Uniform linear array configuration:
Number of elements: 64
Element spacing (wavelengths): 0.5
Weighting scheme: uniform
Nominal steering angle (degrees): -60
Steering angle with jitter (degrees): -59.259
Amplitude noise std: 0.05
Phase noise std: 0.05

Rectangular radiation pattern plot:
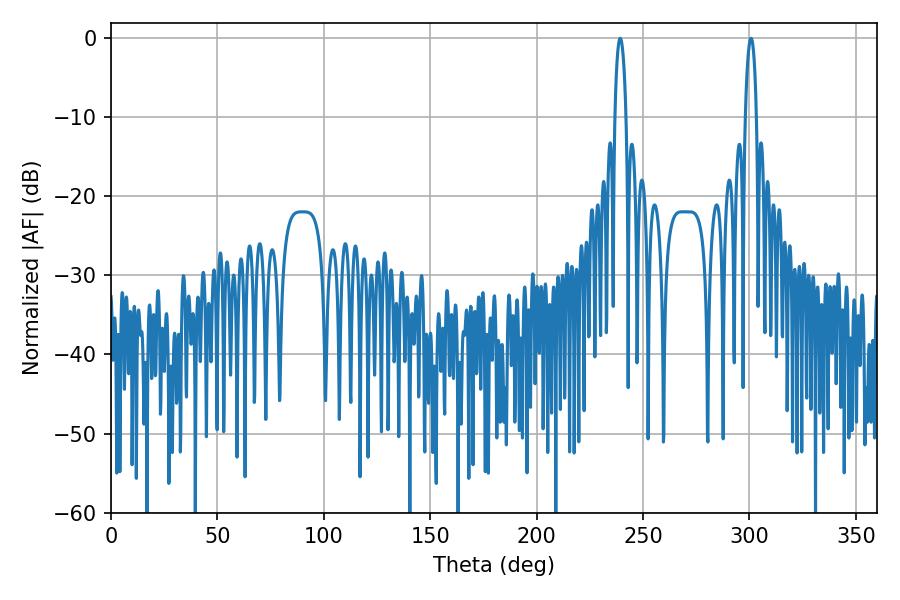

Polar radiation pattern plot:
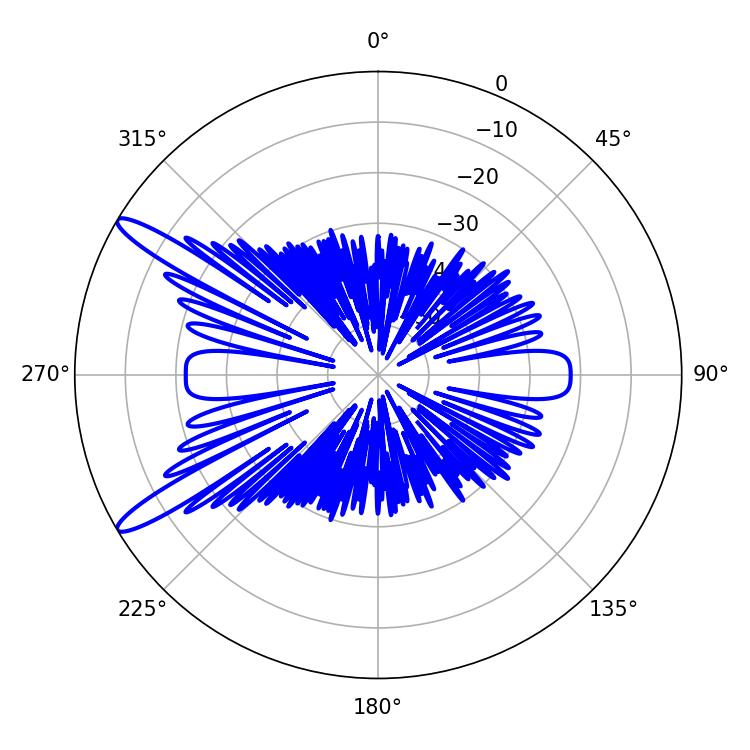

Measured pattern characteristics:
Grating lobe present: FALSE
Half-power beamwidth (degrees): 3.06
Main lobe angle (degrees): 239.22